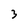
Character: 3